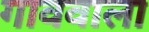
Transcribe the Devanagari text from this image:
गाववाला